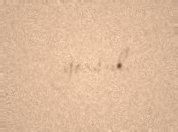
yoxsul.